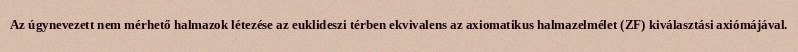
Az úgynevezett nem mérhető halmazok létezése az euklideszi térben ekvivalens az axiomatikus halmazelmélet (ZF) kiválasztási axiómájával.